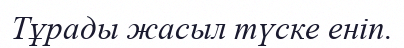
Тұрады жасыл түске еніп.